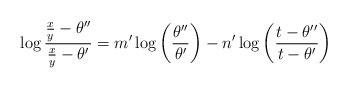
LaTeX: \begin{align*} \log \frac{\frac{x}{y}-\theta''}{\frac{x}{y}-\theta'}=m'\log\left(\frac{\theta''}{\theta'}\right) -n'\log\left(\frac{t-\theta''}{t-\theta'}\right)\end{align*}